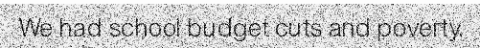
We had school budget cuts and poverty.